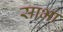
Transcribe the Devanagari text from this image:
साभा